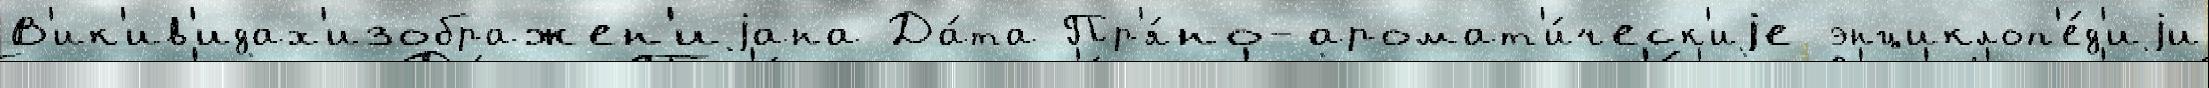
В'ик'ив'идах'изображен'иjана Да́та Пр'я́но-аромат'и́ческ'иjе энциклоп'е́д'иjи